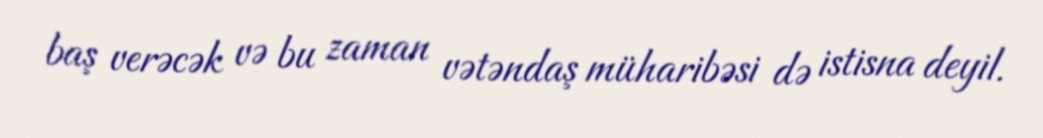
baş verəcək və bu zaman vətəndaş müharibəsi də istisna deyil.